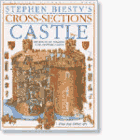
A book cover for Stephen Biesty's Cross-Sections Castle; Richard Platt; Children's Books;